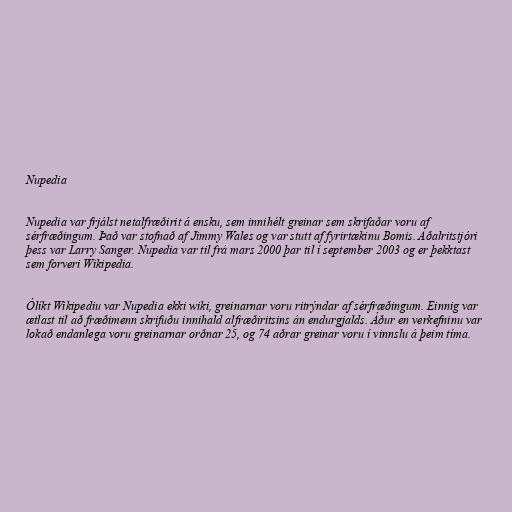
Nupedia

Nupedia var frjálst netalfræðirit á ensku, sem innihélt greinar sem skrifaðar voru af
sérfræðingum. Það var stofnað af Jimmy Wales og var stutt af fyrirtækinu Bomis. Aðalritstjóri
þess var Larry Sanger. Nupedia var til frá mars 2000 þar til í september 2003 og er þekktast
sem forveri Wikipedia.

Ólíkt Wikipediu var Nupedia ekki wiki, greinarnar voru ritrýndar af sérfræðingum. Einnig var
ætlast til að fræðimenn skrifuðu innihald alfræðiritsins án endurgjalds. Áður en verkefninu var
lokað endanlega voru greinarnar orðnar 25, og 74 aðrar greinar voru í vinnslu á þeim tíma.